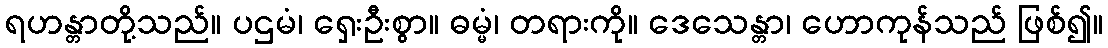
ရဟန္တာတို့သည်။ ပဌမံ၊ ရှေးဦးစွာ။ ဓမ္မံ၊ တရားကို။ ဒေသေန္တာ၊ ဟောကုန်သည် ဖြစ်၍။